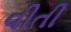
વીતી